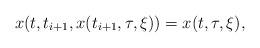
LaTeX: \begin{align*}x(t,t_{i+1},x(t_{i+1},\tau,\xi))=x(t,\tau,\xi),\end{align*}